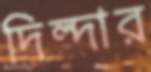
দিল্‌দার